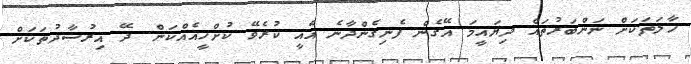
ހާލަތަކަށް ނަންބަރުތައް ދިޔައީމަ އޭގެން ފެނިގެންދާނެ އެއީ ކުރެވޭ ކުށްހީއެއްކަން. ދޭ އިރުޝާދުތަކަށް